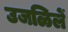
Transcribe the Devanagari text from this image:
उजळिलें